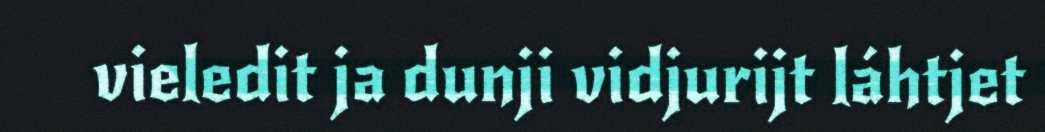
vieledit ja dunji vidjurijt láhtjet